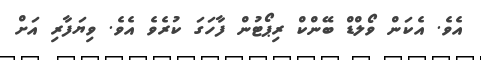
އެވެ. އެކަން ވޯލްޑް ބޭންކް ރިޕޯޓުން ފާހަގަ ކުރެވެ އެވެ. ވިޔަފާރި އަށް